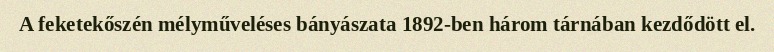
A feketekőszén mélyműveléses bányászata 1892-ben három tárnában kezdődött el.